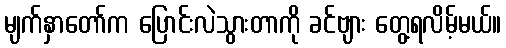
မျက်နှာတော်က ပြောင်းလဲသွားတာကို ခင်ဗျား တွေ့ရလိမ့်မယ်။